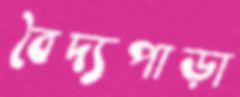
বৈদ্যপাড়া